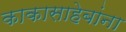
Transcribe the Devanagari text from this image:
काकासाहेबांना